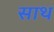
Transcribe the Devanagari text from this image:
साथ